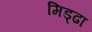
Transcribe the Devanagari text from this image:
मिड्ढा